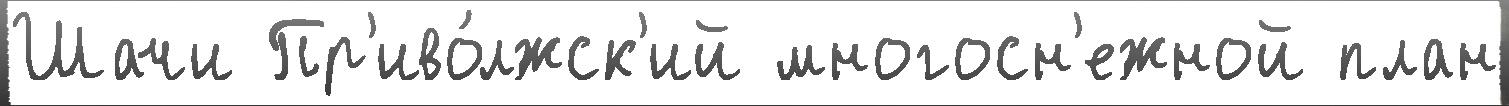
Шачи Пр'иво́лжск'ий многосн'ежной план